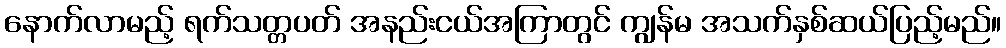
နောက်လာမည့် ရက်သတ္တပတ် အနည်းငယ်အကြာတွင် ကျွန်မ အသက်နှစ်ဆယ်ပြည့်မည်။